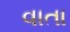
વાતા